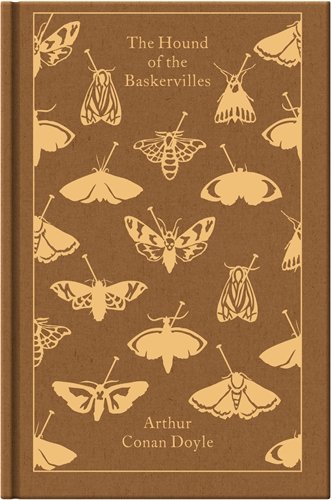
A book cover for The Hound of the Baskervilles (Hardcover Classics); Sir Arthur Conan Doyle; Science & Math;